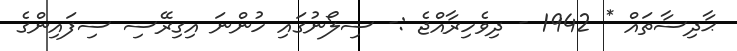
ޙާދިސާތައް * 1942 - ދިވެހިރާއްޖެ :- ސިލޯނުގައި ހުންނަ އިގިރޭސި ސިފައިންގެ